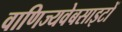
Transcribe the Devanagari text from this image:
वाणिज्यवेबसाइटों